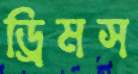
ড্রিমস